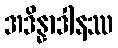
အဒိန္နာဒါနဿ